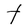
Character: t